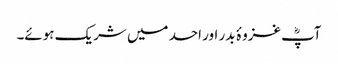
آپؓ غزوۂ بدر اور احد میں شریک ہوئے۔